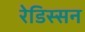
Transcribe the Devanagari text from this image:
रेडिस्सन